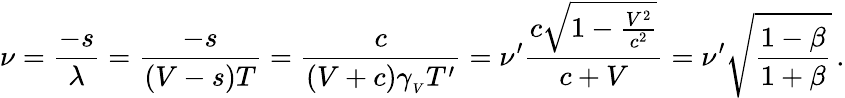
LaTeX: \nu={\frac{-s}{\lambda}}={\frac{-s}{(V-s)T}}={\frac{c}{(V+c)\gamma_{_{V}}T^{\prime}}}=\nu^{\prime}{\frac{c{\sqrt{1-{\frac{V^{2}}{c^{2}}}}}}{c+V}}=\nu^{\prime}{\sqrt{\frac{1-\beta}{1+\beta}}}\, .